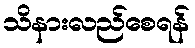
သိနားလည်စေရန်